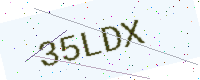
Text: 35LDX